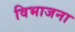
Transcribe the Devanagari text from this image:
विभाजना